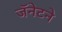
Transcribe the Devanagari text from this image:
जॅनेटने